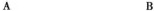
A B